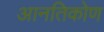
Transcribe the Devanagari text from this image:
आनतिकोण